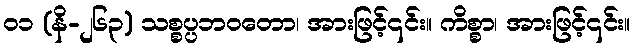
၀၁ (နိ-၂၆၃) သစ္စပ္ပဘဝတော၊ အားဖြင့်၎င်း။ ကိစ္စာ၊ အားဖြင့်၎င်း။